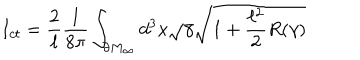
I _ { c t } = \frac { 2 } { \ell } \frac { 1 } { 8 \pi } \int _ { \partial M _ { \infty } } d ^ { 3 } x \sqrt { \gamma } \sqrt { 1 + \frac { \ell ^ { 2 } } { 2 } R ( \gamma ) }